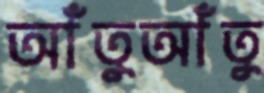
আঁতুআঁতু